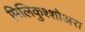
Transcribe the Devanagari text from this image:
मिलिकुश्शोअरा